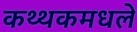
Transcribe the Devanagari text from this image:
कथ्थकमधले